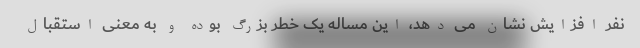
نفر افزایش نشان می دهد، این مساله یک خطر بزرگ بوده و به معنی استقبال